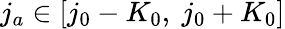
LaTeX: j_{a}\in\left[j_{0}-K_{0},\ j_{0}+K_{0}\right]